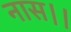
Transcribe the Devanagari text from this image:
नास।।